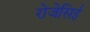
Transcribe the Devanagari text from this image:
रोजेसिई